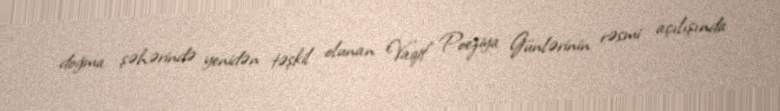
doğma şəhərində yenidən təşkil olunan Vaqif Poeziya Günlərinin rəsmi açılışında